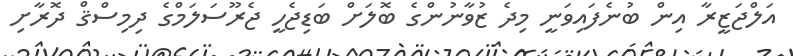
އަލްޖަޒީރާ އިން ބުނެފައިވަނީ މިދެ ޒުވާނުންގެ ބޮލަށް ބަޑިޖެހީ ޖެރޫސަލަމްގެ ދިމިސްޤް ދޮރާށި